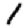
Digit: 1